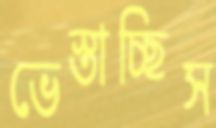
ভেস্তাচ্ছিস